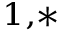
^ { 1 , * }